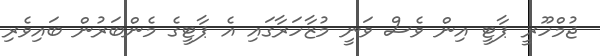
ޖުމްހޫރީ ޕާޓީ އިން ވެސް ވަނީ މުޒާހަރާގައި އެ ޕާޓީގެ މެންބަރުން ބައިވެރި